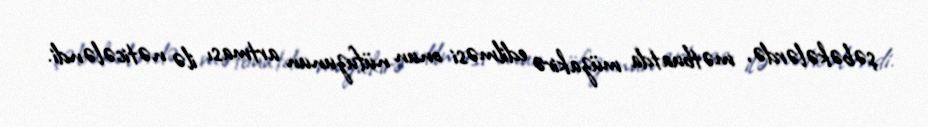
şəbəkələrdə, mətbuatda müzakirə edilməsi onun nüfuzunun artması ilə nəticələndi.